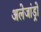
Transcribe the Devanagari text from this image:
अलेजांड्रो